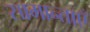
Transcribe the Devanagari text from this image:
सामान्ताएँ